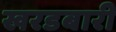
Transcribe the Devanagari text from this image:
खरडबारी